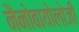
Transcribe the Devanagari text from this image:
नैनोबायोलोजी